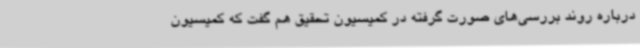
درباره روند بررسی‌های صورت گرفته در کمیسیون تحقیق هم گفت که کمیسیون